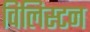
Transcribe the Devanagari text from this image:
विलिस्टन